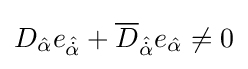
D_{\hat {\alpha }}e_{\hat {\dot {\alpha }}}+{\overline {D}}_{\hat {\dot {\alpha }}}e_{\hat {\alpha }}\neq 0